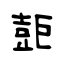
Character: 壾